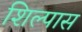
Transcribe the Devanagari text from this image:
शिल्पास